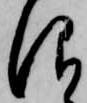
仰